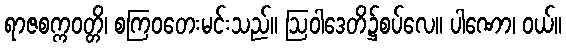
ရာဇစက္ကဝတ္တိ၊ စကြဝတေးမင်းသည်။ ဩဝါဒေတိ၌စပ်လေ။ ပါဏော၊ ဝယ်။